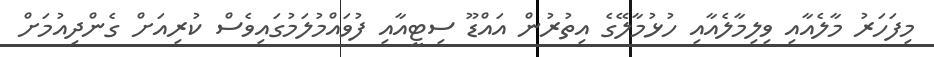
މިފަހަރު މާލެއާއި ވިލިމާލެއާއި ހުޅުމާލޭގެ އިތުުރުން އައްޑޫ ސިޓީއާއި ފުވައްމުލަމުގައިވެސް ކުރިއަށް ގެންދިއުމަށް